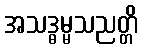
အသဒ္ဓမ္မသညတ္တိ